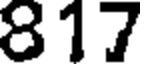
817